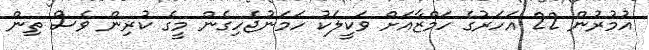
އުމުރުން 22 އަހަރުގެ ހަމްޒާއަށް ވަކީލަކު ހަމަނުޖެހިގެން މީގެ ކުރިން ވެސް ތިން